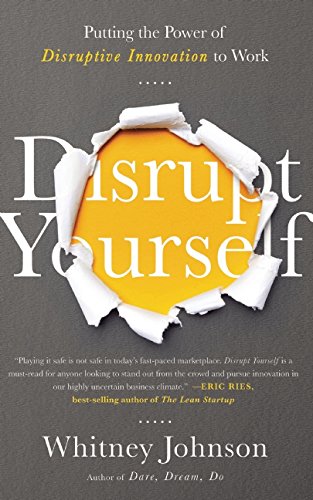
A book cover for Disrupt Yourself: Putting the Power of Disruptive Innovation to Work; Whitney Johnson; Business & Money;